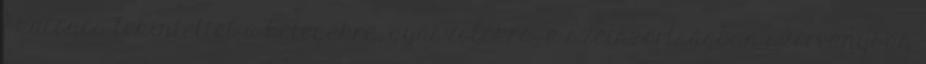
– különös tekintettel a betegekre, gyászolókra, a szétszórtságban szórványban